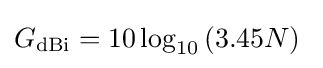
G_{\text{dBi}}=10\log _{10}\left(3.45N\right)~